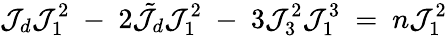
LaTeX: \mathcal{J}_{d}\mathcal{J}_{1}^{2}\ -\ 2\tilde{{\mathcal{J}}}_{d}\mathcal{J}_{1}^{2}\ -\ 3\mathcal{J}_{3}^{2}\mathcal{J}_{1}^{3}\ =\ n\mathcal{J}_{1}^{2}